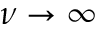
\nu \to \infty